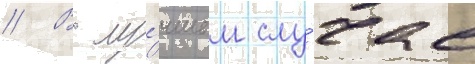
// В лу́чшем слу́чае